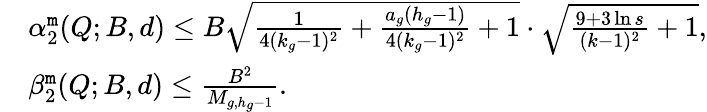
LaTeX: \begin{array}{rl}&{\alpha_{2}^{\tt m}(Q;B,d)\leq B\sqrt{\frac{1}{4(k_{g}-1)^{2}}+{\frac{a_{g}(h_{g}-1)}{4(k_{g}-1)^{2}}}+1}\cdot\sqrt{\frac{9+3\ln s}{(k-1)^{2}}+1},}\\ &{\beta_{2}^{\tt m}(Q;B,d)\leq\frac{B^{2}}{M_{g,h_{g}-1}}.}\end{array}